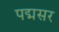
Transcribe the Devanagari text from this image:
पद्मसर